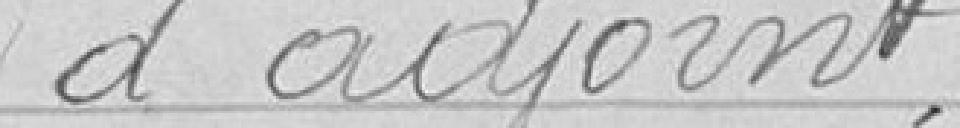
d'adjoint.